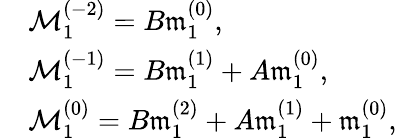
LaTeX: \begin{array}{rl}&{\mathcal{M}_{1}^{(-2)}=B\mathfrak{m}_{1}^{(0)},}\\ &{\mathcal{M}_{1}^{(-1)}=B\mathfrak{m}_{1}^{(1)}+A\mathfrak{m}_{1}^{(0)},}\\ &{\mathcal{M}_{1}^{(0)}=B\mathfrak{m}_{1}^{(2)}+A\mathfrak{m}_{1}^{(1)}+\mathfrak{m}_{1}^{(0)},}\end{array}